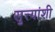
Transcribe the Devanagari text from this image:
सुत्त्यांशी